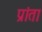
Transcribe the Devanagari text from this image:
प्रांता